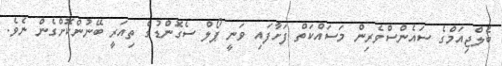
ބެލްޖިއަމްގެ ސައެންސްވެރިން މަސައްކަތް ފަށާފައި ވަނީ ޕޯލް ސެގޮންޑުގެ ތިއަރީ ބޭނުންކޮށްގެން ނެވެ.